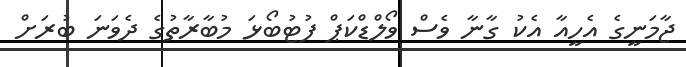
ޖާމަނީގެ އެހީއާ އެކު ގާނާ ވެސް ވޯލްޑްކަޕް ފުޓުބޯޅަ މުބާރާތުގެ ދެވަނަ ބުރަށް